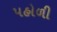
પહોળી